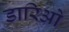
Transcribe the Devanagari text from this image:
डारिओ